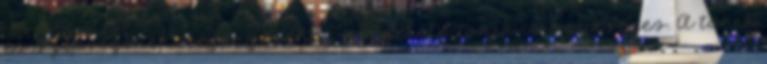
és szépségének megőrzéséhez megfelelő tonik is szükséges. A tonik